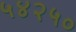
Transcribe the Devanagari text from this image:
५४२५०